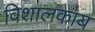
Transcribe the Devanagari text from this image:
विशालकाय